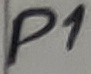
Text: P1